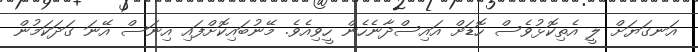
އަނގަޔަށް ލީ އެތިކޮޅުވެސް ހޮޑަށް އައިސްދާނެހެން ހީވިއެވެ. މޭނުބައިކޮށްފައި އިނަސް އޭނަ ގަދަކަމުން